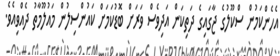
އެހެންކަމުން ސްކޫލުގެ ޖާގައިގެ ދަތިކަން އަދިވެސް ވަރަށް ބޮޑުކަމަށް ކައުންސިލުން މައުލޫމާތު ދެއްވިއެވެ.